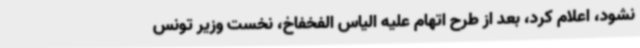
نشود، اعلام کرد، بعد از طرح اتهام علیه الیاس الفخفاخ، نخست وزیر تونس